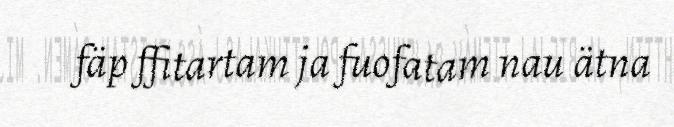
fäp ffitartam ja fuofatam nau ätna